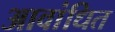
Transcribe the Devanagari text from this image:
आवांधित